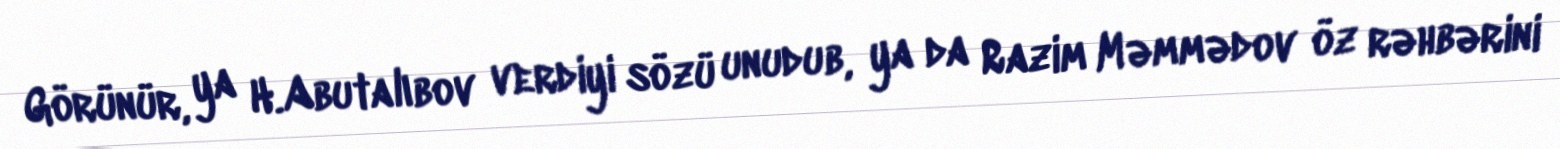
Görünür, ya H.Abutalıbov verdiyi sözü unudub, ya da Razim Məmmədov öz rəhbərini